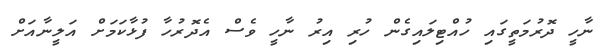
ނާހީ ދޮރުމަތީގައި ހުއްޓިލައިގެން ހުރި އިރު ނާހީ ވެސް އެދޮރުހާ ފުޅާކަމަށް އަލީނާއަށް